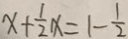
x + \frac { 1 } { 2 } x = 1 - \frac { 1 } { 2 }